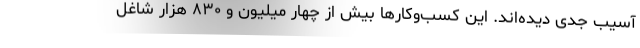
آسیب جدی دیده‌اند. این کسب‌وکارها بیش از چهار میلیون و ۸۳۰ هزار شاغل